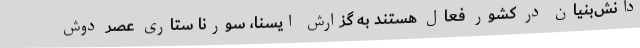
دانش‌بنیان در کشور فعال هستند به گزارش ایسنا، سورنا ستاری عصر دوش